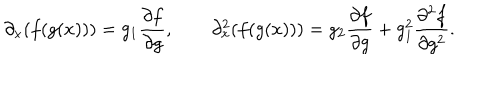
LaTeX: \partial _ { x } ( f ( g ( x ) ) ) = g _ { 1 } \frac { \partial f } { \partial g } , \qquad \partial _ { x } ^ { 2 } ( f ( g ( x ) ) ) = g _ { 2 } \frac { \partial f } { \partial g } + g _ { 1 } ^ { 2 } \frac { \partial ^ { 2 } f } { \partial g ^ { 2 } } .